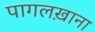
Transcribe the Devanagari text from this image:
पागलख़ाना